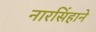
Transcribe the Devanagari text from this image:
नारसिंहाने